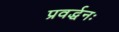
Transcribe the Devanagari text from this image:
प्रवर्द्धनः